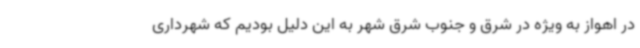
در اهواز به ویژه در شرق و جنوب شرق شهر به این دلیل بودیم که شهرداری